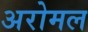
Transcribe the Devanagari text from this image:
अरोमल